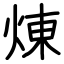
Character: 煉